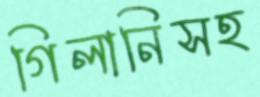
গিলানিসহ